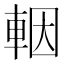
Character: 𨋳